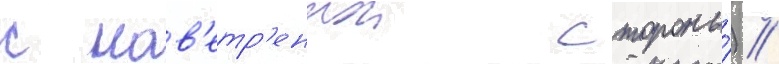
с нав'етр'еннои стороны́) //